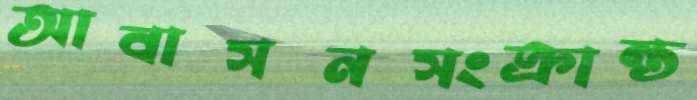
আবাসনসংক্রান্ত